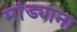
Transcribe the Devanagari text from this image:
मांड्याना